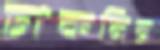
ঢাকনির